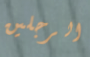
الرجلين